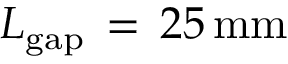
L _ { \mathrm { { g a p } } } \, = \, 2 5 \, \mathrm { { m m } }